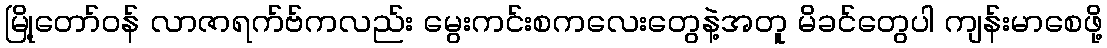
မြို့တော်ဝန် လာဇာရက်ဗ်ကလည်း မွေးကင်းစကလေးတွေနဲ့အတူ မိခင်တွေပါ ကျန်းမာစေဖို့